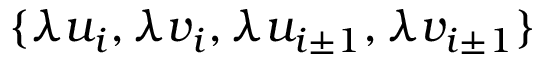
\{ \lambda u _ { i } , \lambda v _ { i } , \lambda u _ { i \pm 1 } , \lambda v _ { i \pm 1 } \}